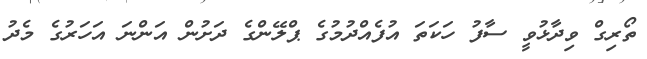
ތޯރިގް ވިދާޅުވީ ސާފު ހަކަތަ އުފެއްދުމުގެ ޕްލޭންގެ ދަށުން އަންނަ އަހަރުގެ މެދު